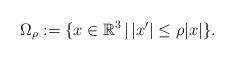
LaTeX: \begin{align*}\Omega_{\rho}:=\{x\in\mathbb{R}^{3}\,|\,|x'|\leq\rho|x|\}.\end{align*}